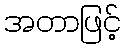
အတာဖြင့်